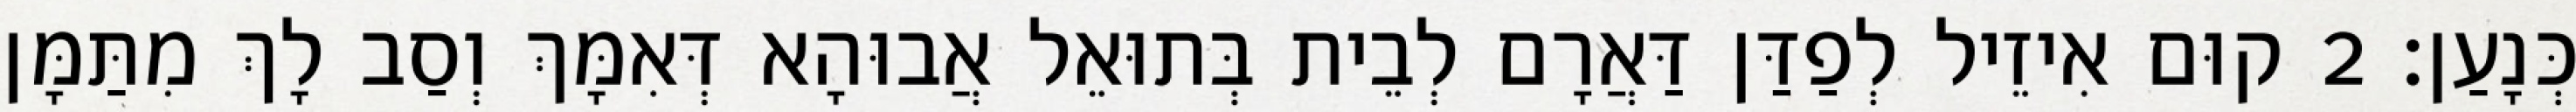
כְּנָעַן׃ 2 קוּם אִיזֵיל לְפַדַּן דַּאֲרָם לְבֵית בְּתוּאֵל אֲבוּהָא דְּאִמָּךְ וְסַב לָךְ מִתַּמָּן